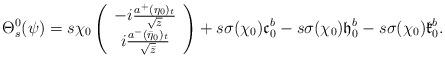
LaTeX: \begin{align*}\Theta^0_{s}(\psi)=s\chi_0\left( \begin{array}{c}-i\frac{a^+(\eta_0)_t}{\sqrt{z}} \\i\frac{a^-(\bar{\eta}_0)_t}{\sqrt{\bar{z}}}\end{array} \right)+s\sigma(\chi_0)\mathfrak{c}^b_0-s\sigma(\chi_0)\mathfrak{h}^b_0-s\sigma(\chi_0)\mathfrak{k}^b_0.\end{align*}